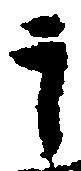
于